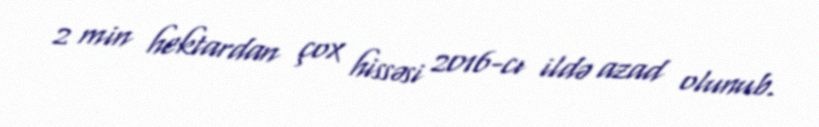
2 min hektardan çox hissəsi 2016-cı ildə azad olunub.